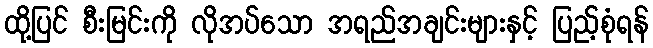
ထို့ပြင် စီးမြင်းကို လိုအပ်သော အရည်အချင်းများနှင့် ပြည့်စုံရန်